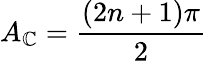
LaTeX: A_{\mathbb{C}}=\frac{{(2n+1)\pi}}{{2}}